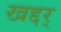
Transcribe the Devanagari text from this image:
खद्दर्